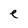
Character: e